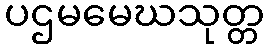
ပဌမမေဃသုတ္တ